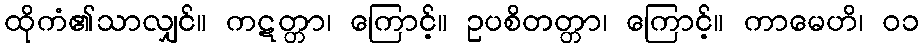
ထိုကံ၏သာလျှင်။ ကဋတ္တာ၊ ကြောင့်။ ဥပစိတတ္တာ၊ ကြောင့်။ ကာမေဟိ၊ ၀၁